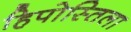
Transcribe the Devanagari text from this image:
हिपोस्तिला